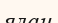
ялан